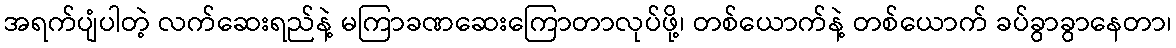
အရက်ပျံပါတဲ့ လက်ဆေးရည်နဲ့ မကြာခဏဆေးကြောတာလုပ်ဖို့၊ တစ်ယောက်နဲ့ တစ်ယောက် ခပ်ခွာခွာနေတာ၊